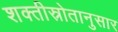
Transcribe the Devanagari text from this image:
शक्तीस्रोतानुसार